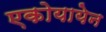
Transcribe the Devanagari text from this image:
एकोयायेन